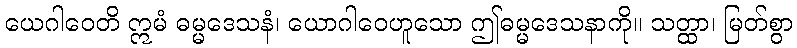
ယေဂါဝေတိ ဣမံ ဓမ္မဒေသနံ၊ ယောဂါဝေဟူသော ဤဓမ္မဒေသနာကို။ သတ္ထာ၊ မြတ်စွာ